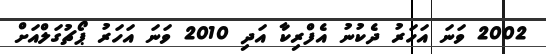
2002 ވަނަ އަހަރު ދެކުނު އެފްރިކާ އަދި 2010 ވަނަ އަހަރު ޕޯޗުގަލްއަށް